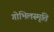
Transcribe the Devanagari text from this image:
गोभिलस्मृति